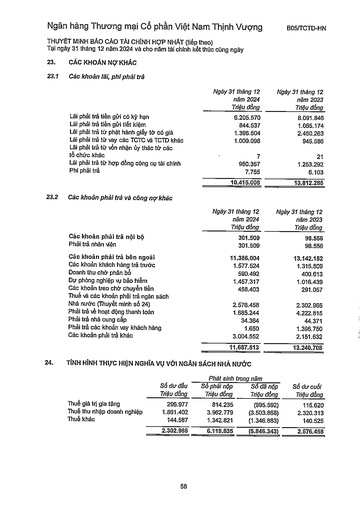
||Ngày 31 tháng 12 năm 2024 Triệu đồng|Ngày 31 tháng 12 năm 2023 Triệu đồng| |---|---|---| |Lãi phải trả tiền gửi có kỳ hạn|6.205.570|8.091.846| |Lãi phải trả tiền gửi tiết kiệm|844.537|1.065.174| |Lãi phải trả từ phát hành giấy tờ có giá|1.396.504|2.450.263| |Lãi phải trả từ vay các TCTC và TCTD khác|1.009.098|945.586| |Lãi phải trả từ vốn nhận ủy thác từ các tổ chức khác|7|21| |Lãi phải trả từ hợp đồng công cụ tài chính|950.357|1.253.292| |Phí phải trả|7.755|6.103| ||10.415.008|13.812.285| ||Ngày 31 tháng 12 năm 2024 Triệu đồng|Ngày 31 tháng 12 năm 2023 Triệu đồng| |---|---|---| |Các khoản phải trả nội bộ|301.509|98.556| |Phải trả nhân viên|301.509|98.556| |Các khoản phải trả bên ngoài|11.386.004|13.142.152| |Các khoản khách hàng trả trước|1.577.524|1.315.509| |Doanh thu chưa phân bổ|590.492|400.613| |Dự phòng nghiệp vụ bảo hiểm|1.457.317|1.016.439| |Các khoản treo chờ chuyển tiền|458.403|291.057| |Thuế và các khoản phải trả ngân sách Nhà nước (Thuyết minh số 24)|2.576.458|2.302.966| |Phải trả về hoạt động thanh toán|1.685.244|4.222.815| |Phải trả nhà cung cấp|34.364|44.371| |Phải trả các khoản vay khách hàng|1.650|1.396.750| |Các khoản phải trả khác|3.004.552|2.151.632| ||11.687.513|13.240.708| |||Phát sinh|trong năm|| |---|---|---|---|---| ||Số dư đầu Triệu đồng|Số phải nộp Triệu đồng|Số đã nộp Triệu đồng|Số dư cuối Triệu đồng| |Thuế giá trị gia tăng|296.977|814.235|(995.592)|115.620| |Thuế thu nhập doanh nghiệp|1.861.402|3.962.779|(3.503.868)|2.320.313| |Thuế khác|144.587|1.342.821|(1.346.883)|140.525| ||2.302.966|6.119.835|(5.846.343)|2.576.458|